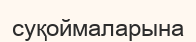
суқоймаларына